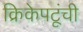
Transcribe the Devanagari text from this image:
क्रिकेपटूंची